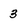
Character: 3